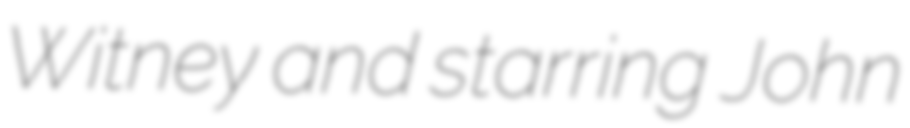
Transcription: Witney and starring John